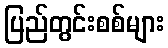
ပြည်တွင်းစစ်များ